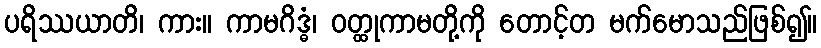
ပရိဿယာတိ၊ ကား။ ကာမဂိဒ္ဓံ၊ ဝတ္ထုကာမတို့ကို တောင့်တ မက်မောသည်ဖြစ်၍။